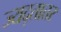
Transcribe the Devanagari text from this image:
ज्यद्तातर